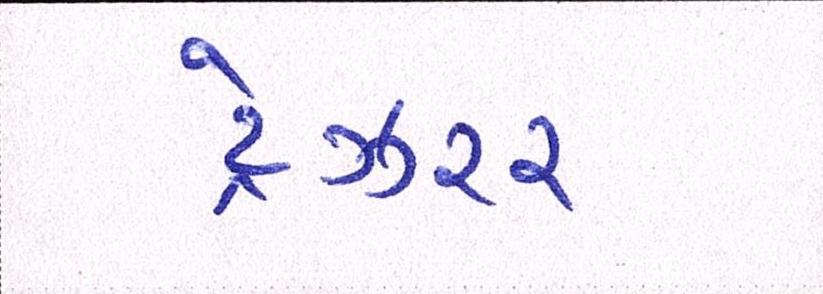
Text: ટ્રેઝરર